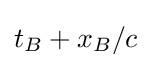
t_{B}+x_{B}/c